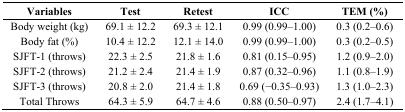
<table><thead><tr><td><b>Variables</b></td><td><b>Test</b></td><td><b>Retest</b></td><td><b>ICC</b></td><td><b>TEM (%)</b></td></tr></thead><tbody><tr><td>Body weight (kg)</td><td>69.1 ± 12.2</td><td>69.3 ± 12.1</td><td>0.99 (0.99–1.00)</td><td>0.3 (0.2–0.6)</td></tr><tr><td>Body fat (%)</td><td>10.4 ± 12.2</td><td>12.1 ± 14.0</td><td>0.99 (0.99–1.00)</td><td>0.3 (0.2–0.5)</td></tr><tr><td>SJFT-1 (throws)</td><td>22.3 ± 2.5</td><td>21.8 ± 1.6</td><td>0.81 (0.15–0.95)</td><td>1.2 (0.9–2.0)</td></tr><tr><td>SJFT-2 (throws)</td><td>21.2 ± 2.4</td><td>21.4 ± 1.9</td><td>0.87 (0.32–0.96)</td><td>1.1 (0.8–1.9)</td></tr><tr><td>SJFT-3 (throws)</td><td>20.8 ± 2.0</td><td>21.4 ± 1.8</td><td>0.69 (−0.35–0.93)</td><td>1.3 (1.0–2.3)</td></tr><tr><td>Total Throws</td><td>64.3 ± 5.9</td><td>64.7 ± 4.6</td><td>0.88 (0.50–0.97)</td><td>2.4 (1.7–4.1)</td></tr></tbody></table>